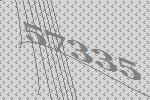
57335